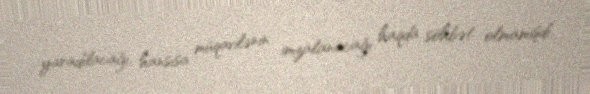
yaradılacağı, hansısa müqavilənin imzalanacağı haqda söhbət olmamışdı.